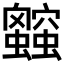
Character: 𲀑